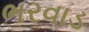
ભરવાડ